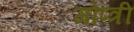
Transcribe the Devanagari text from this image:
गोप्त्री